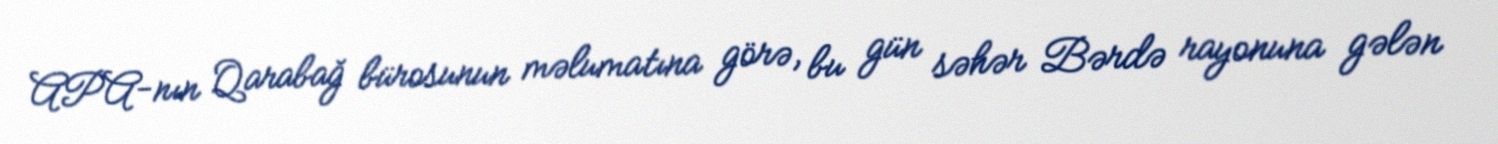
APA-nın Qarabağ bürosunun məlumatına görə, bu gün səhər Bərdə rayonuna gələn